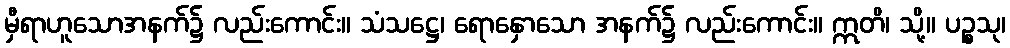
မှီရာဟူသောအနက်၌ လည်းကောင်း။ သံသဋ္ဌေ၊ ရောနှောသော အနက်၌ လည်းကောင်း။ ဣတိ၊ သို့။ ပဉ္စသု၊